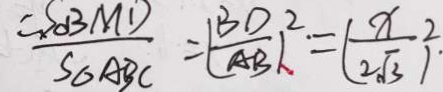
\frac { = S _ { \Delta B M D } } { S _ { \Delta A B C } } = ( \frac { B D } { A B } ) ^ { 2 } = ( \frac { x } { 2 \sqrt { 3 } } ) ^ { 2 } \cdot